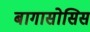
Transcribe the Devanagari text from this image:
बागासोसिस